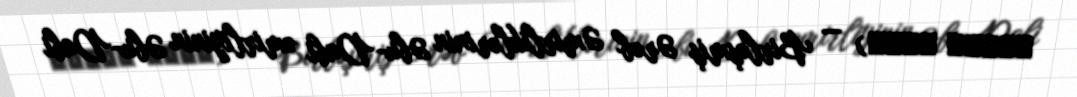
جامعة زايد) — Birləşmiş Ərəb Əmirliklərinin Əbu-Dabi əmirliyinin Əbu-Dabi